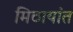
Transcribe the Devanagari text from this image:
मिठायांत